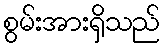
စွမ်းအားရှိသည်